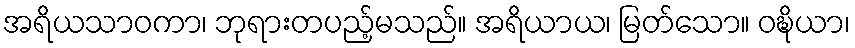
အရိယသာဝကာ၊ ဘုရားတပည့်မသည်။ အရိယာယ၊ မြတ်သော။ ဝဍ္ဎိယာ၊